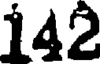
142